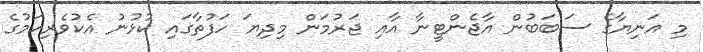
މި އަނިޔާގެ ސަބަބުން އާޖެންޓީނާ އާއި ޖަރުމަން މިދިޔަ ހަފުތާގައި ކުޅުނު އެކުވެރިކަމުގެ